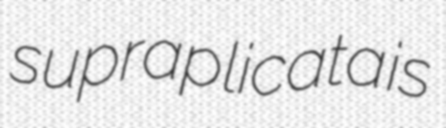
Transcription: supraplicata is